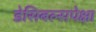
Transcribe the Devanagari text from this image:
डेसिबल्सपेक्षा